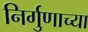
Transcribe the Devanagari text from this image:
निर्गुणाच्या